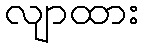
လျာထား